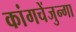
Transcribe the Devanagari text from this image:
कांगचेंजुन्गा